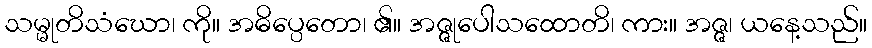
သမ္မုတိသံဃော၊ ကို။ အဓိပ္ပေတော၊ ၏။ အဇ္ဇုပေါသထောတိ၊ ကား။ အဇ္ဇ၊ ယနေ့သည်။